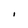
Character: I